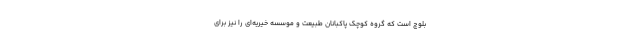
بلوچ است که گروه کوچک پاکبانان طبیعت و موسسه‌ خیریه‌‌ای را نیز برای